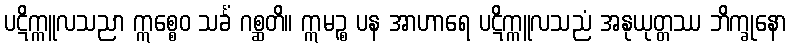
ပဋိက္ကူလသညာ ဣစ္စေဝ သင်္ခံ ဂစ္ဆတိ။ ဣမဉ္စ ပန အာဟာရေ ပဋိက္ကူလသညံ အနုယုတ္တဿ ဘိက္ခုနော